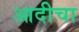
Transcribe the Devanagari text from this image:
आदीचा